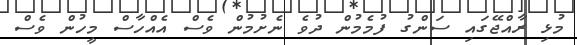
މުޅި ރާއްޖޭގައި ސަންގު ފުމެމުން ދުވެ ނެށުމުން ވެސް އެއްހާސް މީހުން ވެސް